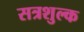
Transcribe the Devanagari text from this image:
सत्रशुल्क